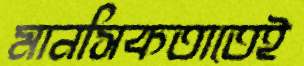
মানসিকতাতেই